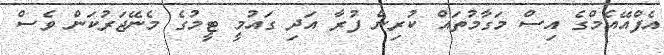
އެފްއޭއެމްގެ އިސް މަގާމުތައް ކުރިން ފުރާ އަދި ގައުމީ ޓީމުގެ މެނޭޖަރުކަން ވެސް